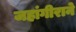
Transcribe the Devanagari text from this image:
जहांगीराने